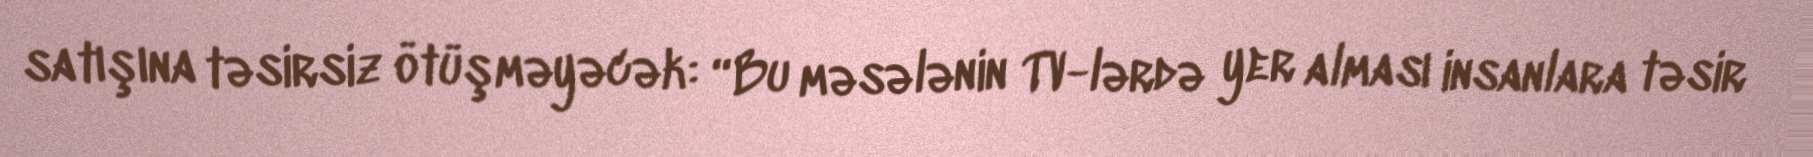
satışına təsirsiz ötüşməyəcək: “Bu məsələnin TV-lərdə yer alması insanlara təsir